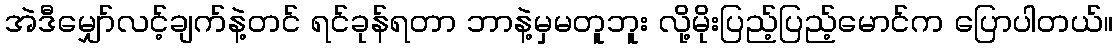
အဲဒီမျှော်လင့်ချက်နဲ့တင် ရင်ခုန်ရတာ ဘာနဲ့မှမတူဘူး လို့မိုးပြည့်ပြည့်မောင်က ပြောပါတယ်။